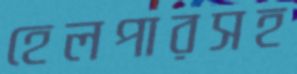
হেলপারসহ